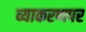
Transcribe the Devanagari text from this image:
व्याकरणपर